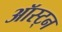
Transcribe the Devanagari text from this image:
ऑस्ट्न